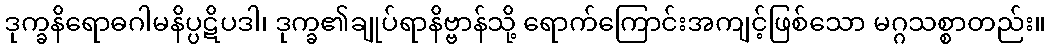
ဒုက္ခနိရောဓဂါမနိပ္ပဋိပဒါ၊ ဒုက္ခ၏ချုပ်ရာနိဗ္ဗာန်သို့ ရောက်ကြောင်းအကျင့်ဖြစ်သော မဂ္ဂသစ္စာတည်း။